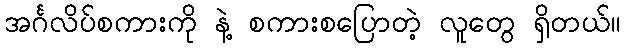
အင်္ဂလိပ်စကားကို နဲ့ စကားစပြောတဲ့ လူတွေ ရှိတယ်။